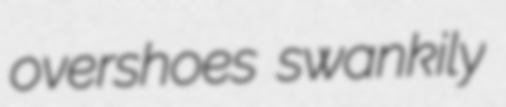
overshoes swankily